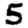
Digit: 5